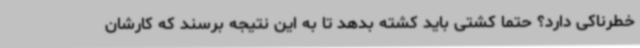
خطرناکی دارد؟ حتما کشتی باید کشته بدهد تا به این نتیجه برسند که کارشان